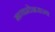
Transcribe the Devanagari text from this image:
मध्यप्रदेशराज्य